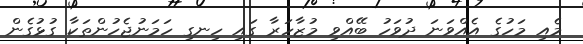
މެއި މަހުގެ އެއްވަނަ ދުވަހު ބޭއްވި މުޒާހަރާ ގައި ހިނގި ހަމަނުޖެހުންތަކާ ގުޅުގެން